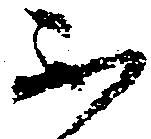
不